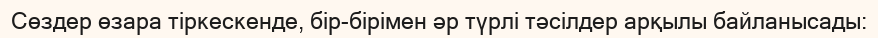
Сөздер өзара тіркескенде, бір-бірімен әр түрлі тәсілдер арқылы байланысады: